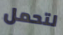
لتحمل